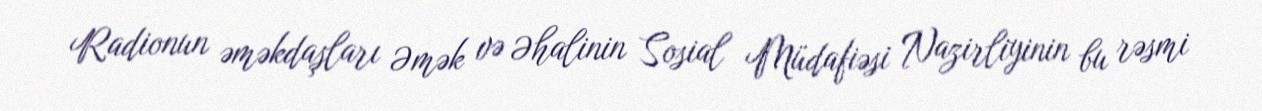
Radionun əməkdaşları Əmək və Əhalinin Sosial Müdafiəsi Nazirliyinin bu rəsmi